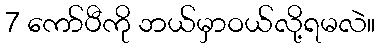
7 ကော်ပီကို ဘယ်မှာဝယ်လို့ရမလဲ။